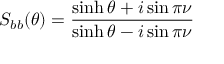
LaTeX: S _ { b b } ( \theta ) = \frac { \sinh \theta + i \sin \pi \nu } { \sinh \theta - i \sin \pi \nu }